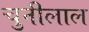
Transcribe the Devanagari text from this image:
चुनीलाल